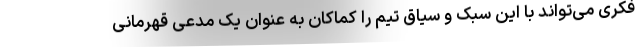
فکری می‌تواند با این سبک و سیاق تیم را کماکان به عنوان یک مدعی قهرمانی